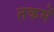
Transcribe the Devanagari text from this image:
तकमें